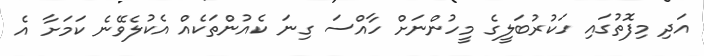
އަދި މިފޮތުގައި ހަކުރުބަލީގެ މީހުންނަށް ހާއްސަ ގިނަ ކެއުންތަކެއް އެކުލެވޭނެ ކަމަށާ އެ